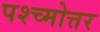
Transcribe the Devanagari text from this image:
पश्च्मोत्तर